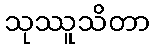
သုဿူသိတာ